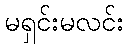
မရှင်းမလင်း